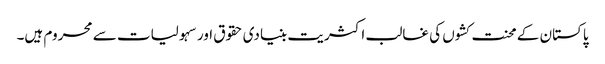
پاکستان کے محنت کشوں کی غالب اکثریت بنیادی حقوق اور سہولیات سے محروم ہیں۔